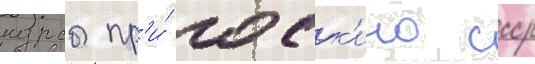
курсы пр'и́ госк'ино ссср